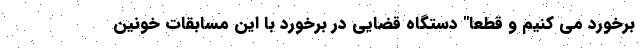
برخورد می کنیم و قطعا" دستگاه قضایی در برخورد با این مسابقات خونین